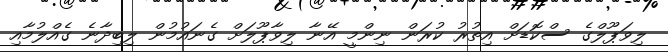
ލިވަޕޫލްގެ ސްކޮޑަށް އިތުރު ކުރަން ނިންމީ އޭނާ ލިވާޕޫލަށް ގެނައުމުން ލިބިދާނެ ގެއްލުމާއި